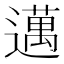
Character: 邁